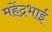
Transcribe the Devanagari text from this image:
महेंद्रभाई